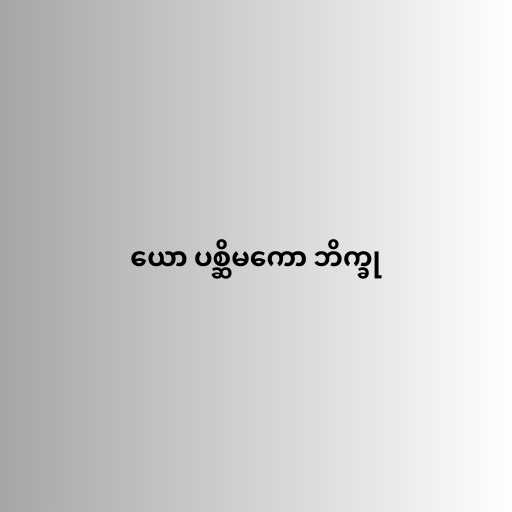
ယော ပစ္ဆိမကော ဘိက္ခု